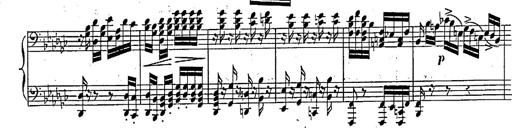
Title: Marche et Cavatine de Lucie de Lammermoor, S.398
Composer: Franz Liszt